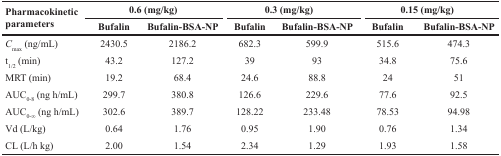
<table><thead><tr><td rowspan="2"><b>Pharmacokinetic parameters</b></td><td colspan="2"><b>0.6 (mg/kg)</b></td><td colspan="2"><b>0.3 (mg/kg)</b></td><td colspan="2"><b>0.15 (mg/kg)</b></td></tr><tr><td><b>Bufalin</b></td><td><b>Bufalin-BSA-NP</b></td><td><b>Bufalin</b></td><td><b>Bufalin-BSA-NP</b></td><td><b>Bufalin</b></td><td><b>Bufalin-BSA-NP</b></td></tr></thead><tbody><tr><td><i>C</i><sub>max</sub> (ng/mL)</td><td>2430.5</td><td>2186.2</td><td>682.3</td><td>599.9</td><td>515.6</td><td>474.3</td></tr><tr><td>t<sub>1/2</sub> (min)</td><td>43.2</td><td>127.2</td><td>39</td><td>93</td><td>34.8</td><td>75.6</td></tr><tr><td>MRT (min)</td><td>19.2</td><td>68.4</td><td>24.6</td><td>88.8</td><td>24</td><td>51</td></tr><tr><td>AUC<sub>0-8</sub> (ng h/mL)</td><td>299.7</td><td>380.8</td><td>126.6</td><td>229.6</td><td>77.6</td><td>92.5</td></tr><tr><td>AUC<sub>0-∞</sub> (ng h/mL)</td><td>302.6</td><td>389.7</td><td>128.22</td><td>233.48</td><td>78.53</td><td>94.98</td></tr><tr><td>Vd (L/kg)</td><td>0.64</td><td>1.76</td><td>0.95</td><td>1.90</td><td>0.76</td><td>1.34</td></tr><tr><td>CL (L/h kg)</td><td>2.00</td><td>1.54</td><td>2.34</td><td>1.29</td><td>1.93</td><td>1.58</td></tr></tbody></table>